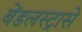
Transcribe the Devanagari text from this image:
बेंडलस्ट्रासे